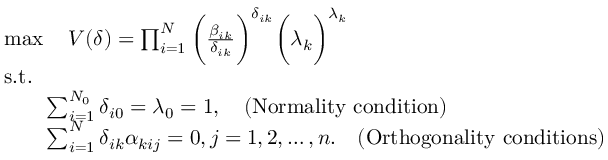
\begin{array} { r l } & { \operatorname* { m a x } \quad V ( \delta ) = \prod _ { i = 1 } ^ { N } \bigg ( \frac { \beta _ { i k } } { { \delta _ { i k } } } \bigg ) ^ { { \delta _ { i k } } } \bigg ( \lambda _ { k } \bigg ) ^ { \lambda _ { k } } } \\ & { \mathrm { s . t . } } \\ & { \qquad \sum _ { i = 1 } ^ { N _ { 0 } } { \delta _ { i 0 } } = \lambda _ { 0 } = 1 , \quad ( \mathrm { N o r m a l i t y ~ c o n d i t i o n } ) } \\ & { \qquad \sum _ { i = 1 } ^ { N } { \delta _ { i k } } { \alpha _ { k i j } } = 0 , j = 1 , 2 , \ldots , n . \quad ( \mathrm { O r t h o g o n a l i t y ~ c o n d i t i o n s } ) } \end{array}